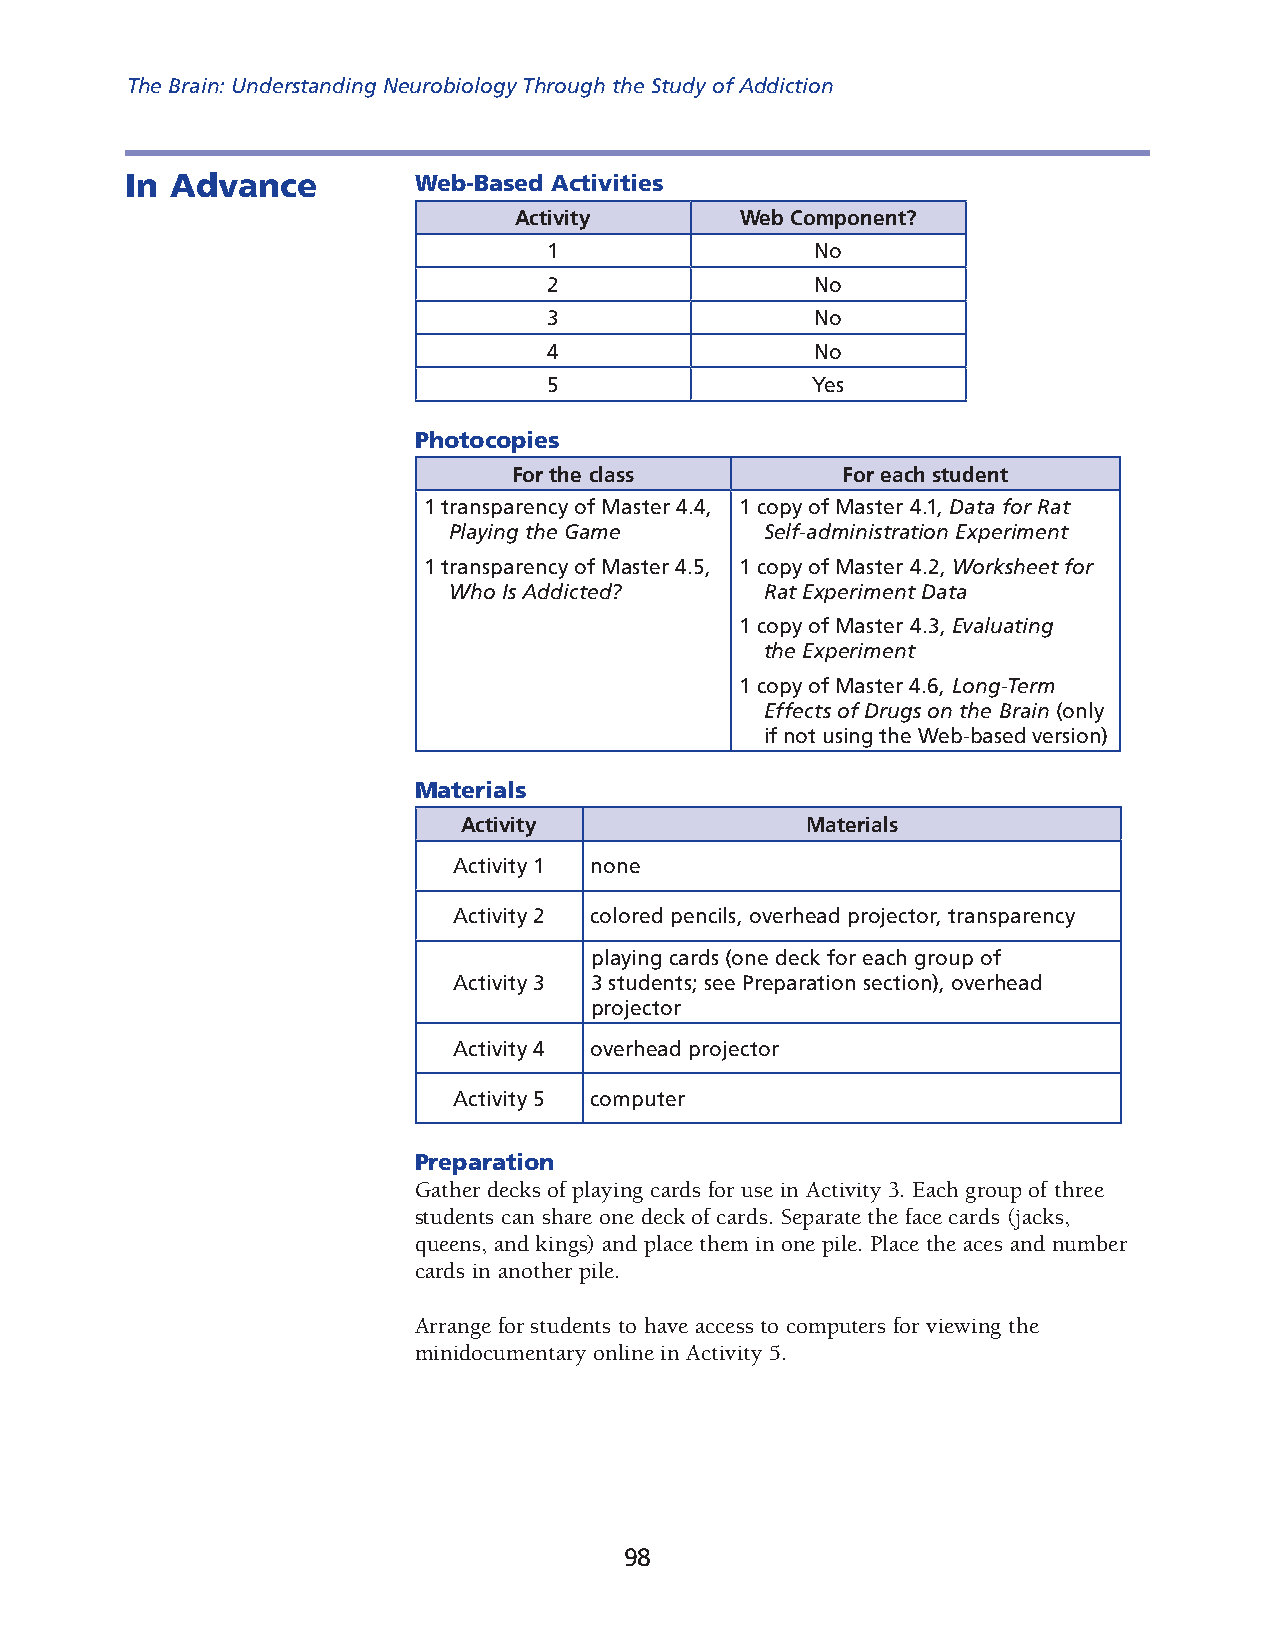
The Brain: Understanding Neurobiology Through the Study of Addiction
 In Advance         Web-Based Activities
 Activity       Web Component?
 1                 No
 2                 No
 3                 No
 4                 No
 5                 Yes
 Photocopies
 For the class         For each student
 1 transparency of Master 4.4, 1 copy of Master 4.1, Data for Rat
 Playing the Game     Self-administration Experiment
 1 transparency of Master 4.5, 1 copy of Master 4.2, Worksheet for
 Who Is Addicted?     Rat Experiment Data
 1 copy of Master 4.3, Evaluating
 the Experiment
 1 copy of Master 4.6, Long-Term
 Effects of Drugs on the Brain (only
 if not using the Web-based version)
 Materials
 Activity              Materials
 Activity 1 none
 Activity 2 colored pencils, overhead projector, transparency
 playing cards (one deck for each group of
 Activity 3 3 students; see Preparation section), overhead
 projector
 Activity 4 overhead projector
 Activity 5 computer
 Preparation
 Gather decks of playing cards for use in Activity 3. Each group of three
 students can share one deck of cards. Separate the face cards (jacks,
 queens, and kings) and place them in one pile. Place the aces and number
 cards in another pile.
 Arrange for students to have access to computers for viewing the
 minidocumentary online in Activity 5.
 98